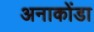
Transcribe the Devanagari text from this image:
अनाकोंडा